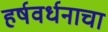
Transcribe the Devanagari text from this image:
हर्षवर्धनाचा